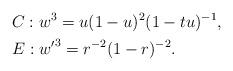
LaTeX: \begin{align*} &C:w^3=u(1-u)^2(1-tu)^{-1}, \\& E:{w'}^3=r^{-2}(1-r)^{-2}.\end{align*}